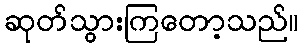
ဆုတ်သွားကြတော့သည်။